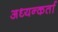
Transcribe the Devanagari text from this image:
अध्यन्कर्ता